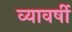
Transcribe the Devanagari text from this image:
व्यावर्षी